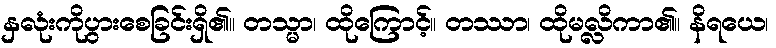
နှလုံးကိုပွားစေခြင်းရှိ၏။ တသ္မာ၊ ထိုကြောင့်။ တဿာ၊ ထိုမလ္လိကာ၏။ နိရယေ၊